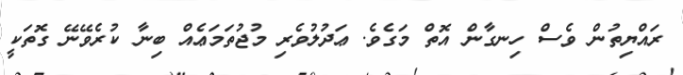
ރައްޔިތުން ވެސް ހިނގާން އޮތް މަގެވެ. ޢަދުލުވެރި މުޖުތަމަޢެއް ބިނާ ކުރެވޭނޭ ގޮތަކީ